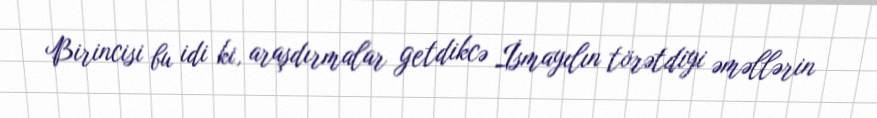
Birincisi bu idi ki, araşdırmalar getdikcə İsmayılın törətdiyi əməllərin